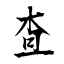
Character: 査